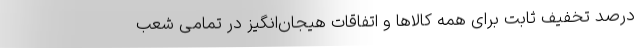
درصد تخفیف ثابت برای همه کالاها و اتفاقات هیجان‌انگیز در تمامی شعب